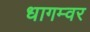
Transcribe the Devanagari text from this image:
धागम्वर